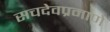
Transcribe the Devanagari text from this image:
सचदेवप्रमाणे